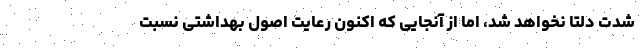
شدت دلتا نخواهد شد، اما از آنجایی که اکنون رعایت اصول بهداشتی نسبت